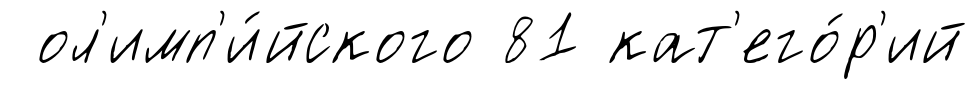
ол'имп'и́йского 81 кат'его́р'ий